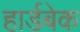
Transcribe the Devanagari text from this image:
हार्डबेक